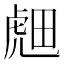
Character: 𬟭